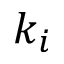
k _ { i }